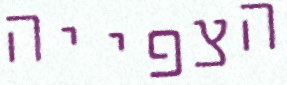
הצפייה